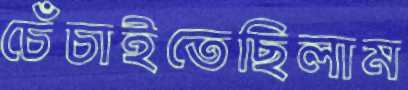
চেঁচাইতেছিলাম